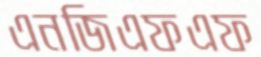
এনজিএফএফ